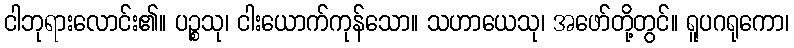
ငါဘုရားလောင်း၏။ ပဉ္စသု၊ ငါးယောက်ကုန်သော။ သဟာယေသု၊ အဖော်တို့တွင်။ ရူပဂရုကော၊